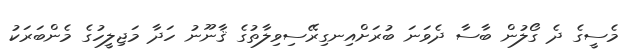
މެސީގެ ދެ ގޯލުން ބާސާ ދެވަނަ ބުރަށްއިނގިރޭސިވިލާތުގެ ޤާނޫނު ހަދާ މަޖިލީހުގެ މެންބަރަކު